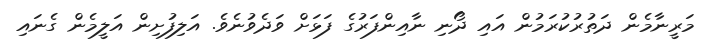
މަރީނާމެން ދަތުރުކުރަމުން އައި ދޯނި ނާއިންފަރުގެ ފަޅަށް ވަދެވުނެވެ. އަލިފުށިން އަލީމެން ގެނައި